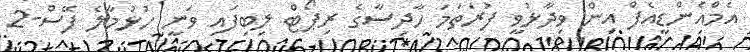
އެމްއެންޑީއެފް އިން ވިދާޅުވީ ފުރަތަމަ ހާދިސާގެ ރިޕޯޓް ލިބިފައި ވަނީ ހުޅުމާލެ ފޭސް-2